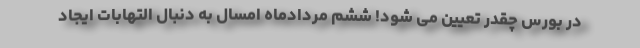
در بورس چقدر تعیین می شود! ششم مردادماه امسال به دنبال التهابات ایجاد